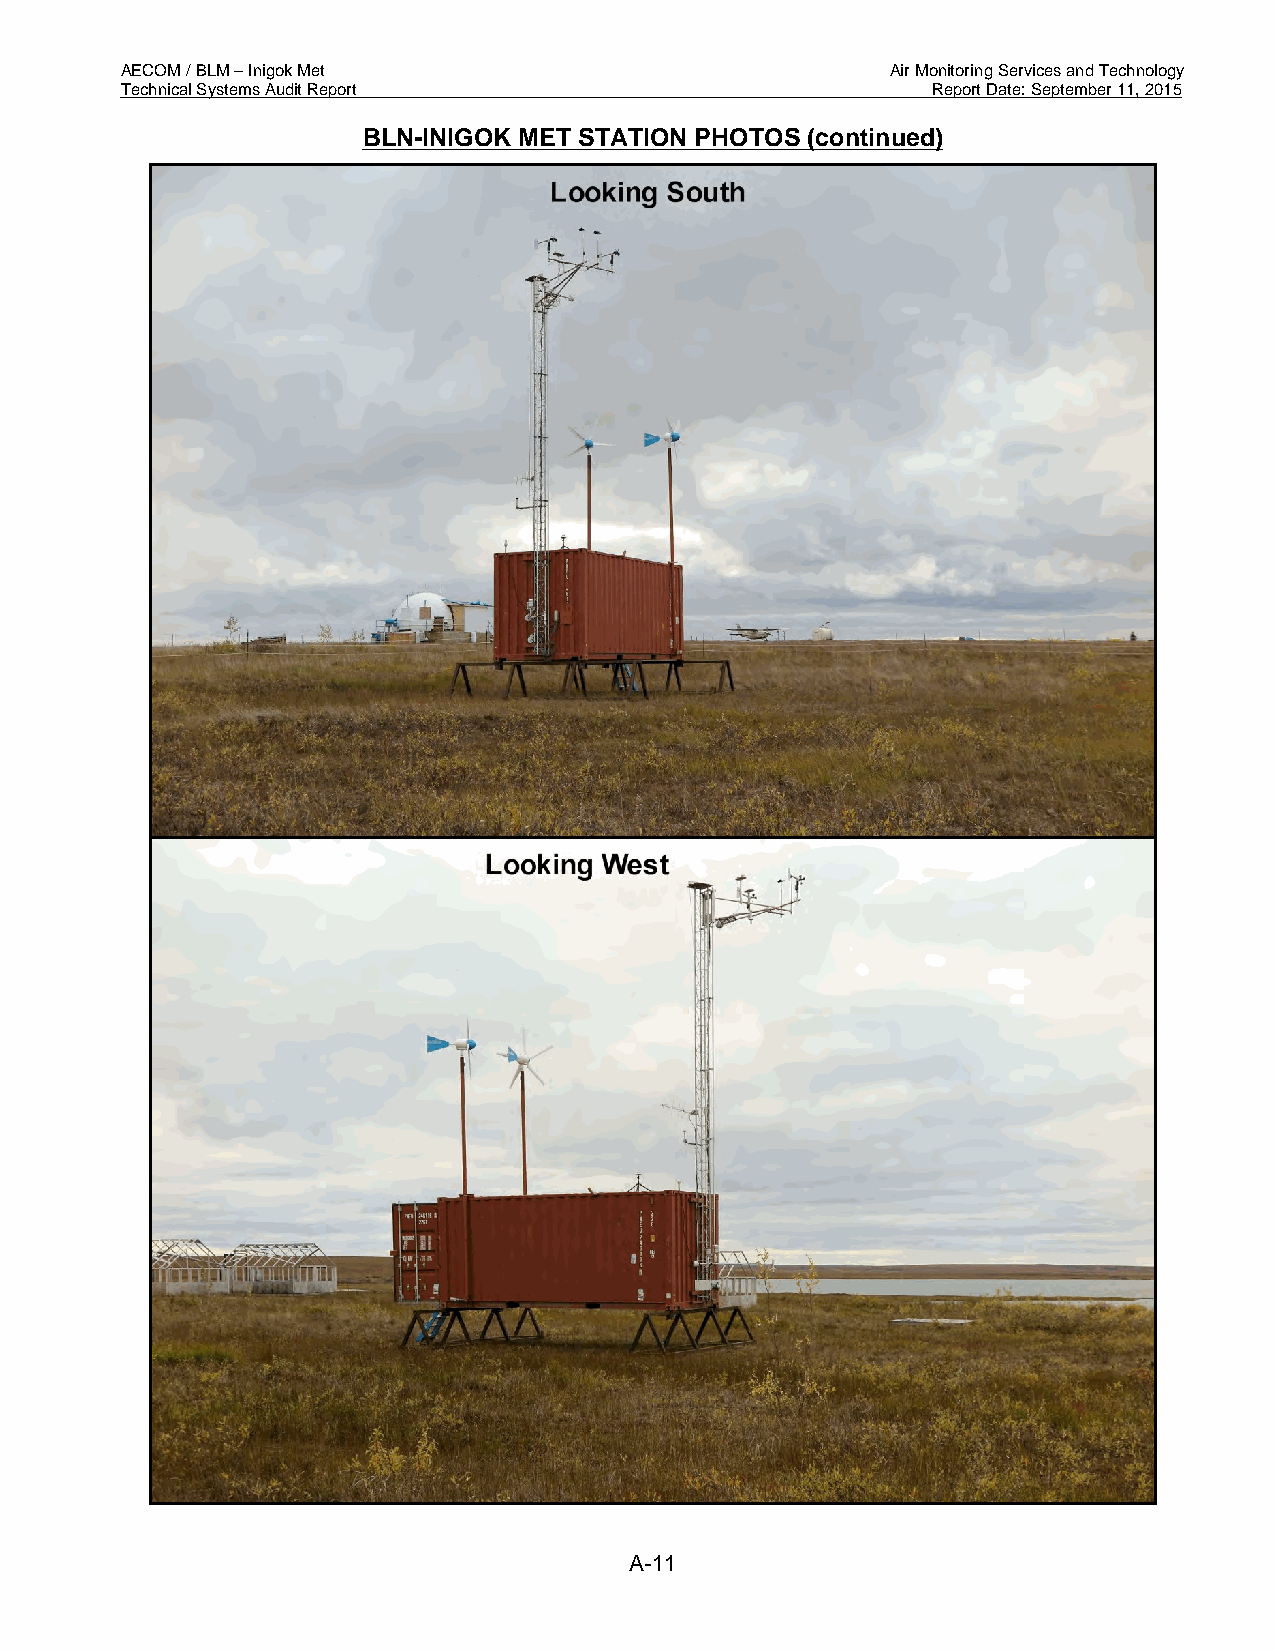
AECOM / BLM – Inigok Met                           Air Monitoring Services and Technology
 Technical Systems Audit Report                        Report Date: September 11, 2015
 BLN-INIGOK MET STATION PHOTOS (continued)
 A-11